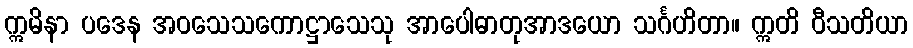
ဣမိနာ ပဒေန အဝသေသကောဋ္ဌာသေသု အာပေါဓာတုအာဒယော သင်္ဂဟိတာ။ ဣတိ ဝီသတိယာ